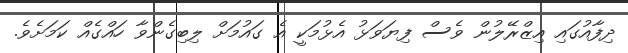
ދިފާއުގައި އިޒްރޭލުން ވެސް ފިޔަވަޅު އެޅުމަކީ އެ ގައުމަށް ލިބިގެންވާ ހައްގެއް ކަމަށެވެ.